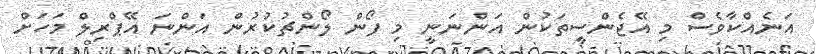
އަނެއްކާވެސް މި އޭޖެންސީތަކުން އަންނަނީ މި ފޯން ލޯންޗުކުރުން އަންނަ އޭޕްރިލް މަހަށް